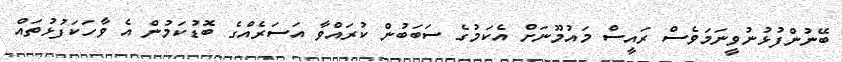
ބޭނުންފުޅުނުވީނަމަވެސް ރައީސް މައުމޫނަށް އެކަމުގެ ސަބަބުން ކުރައްވާ އަސަރެއްގެ ބޮޑުކަމުން އެ ވާހަކަފުޅުތައް